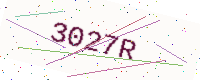
Text: 3027R